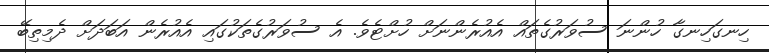
ހިނގަހިނގާ ހުންނަ ސުވަރުގެތައް އެއުރެންނަށް ހުށްޓެވެ. އެ ސުވަރުގެތަކުގައި އެއުރެން އަބަދަށް ދެމިތިބޭ